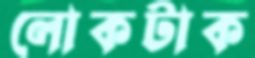
লোকটাক